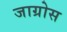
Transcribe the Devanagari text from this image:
जाग्रोस